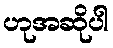
ဟုအဆိုပါ